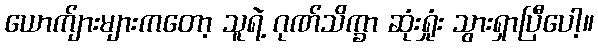
ယောက်ျားများကတော့ သူရဲ့ ဂုဏ်သိက္ခာ ဆုံးရှုံး သွားရှာပြီပေါ့။